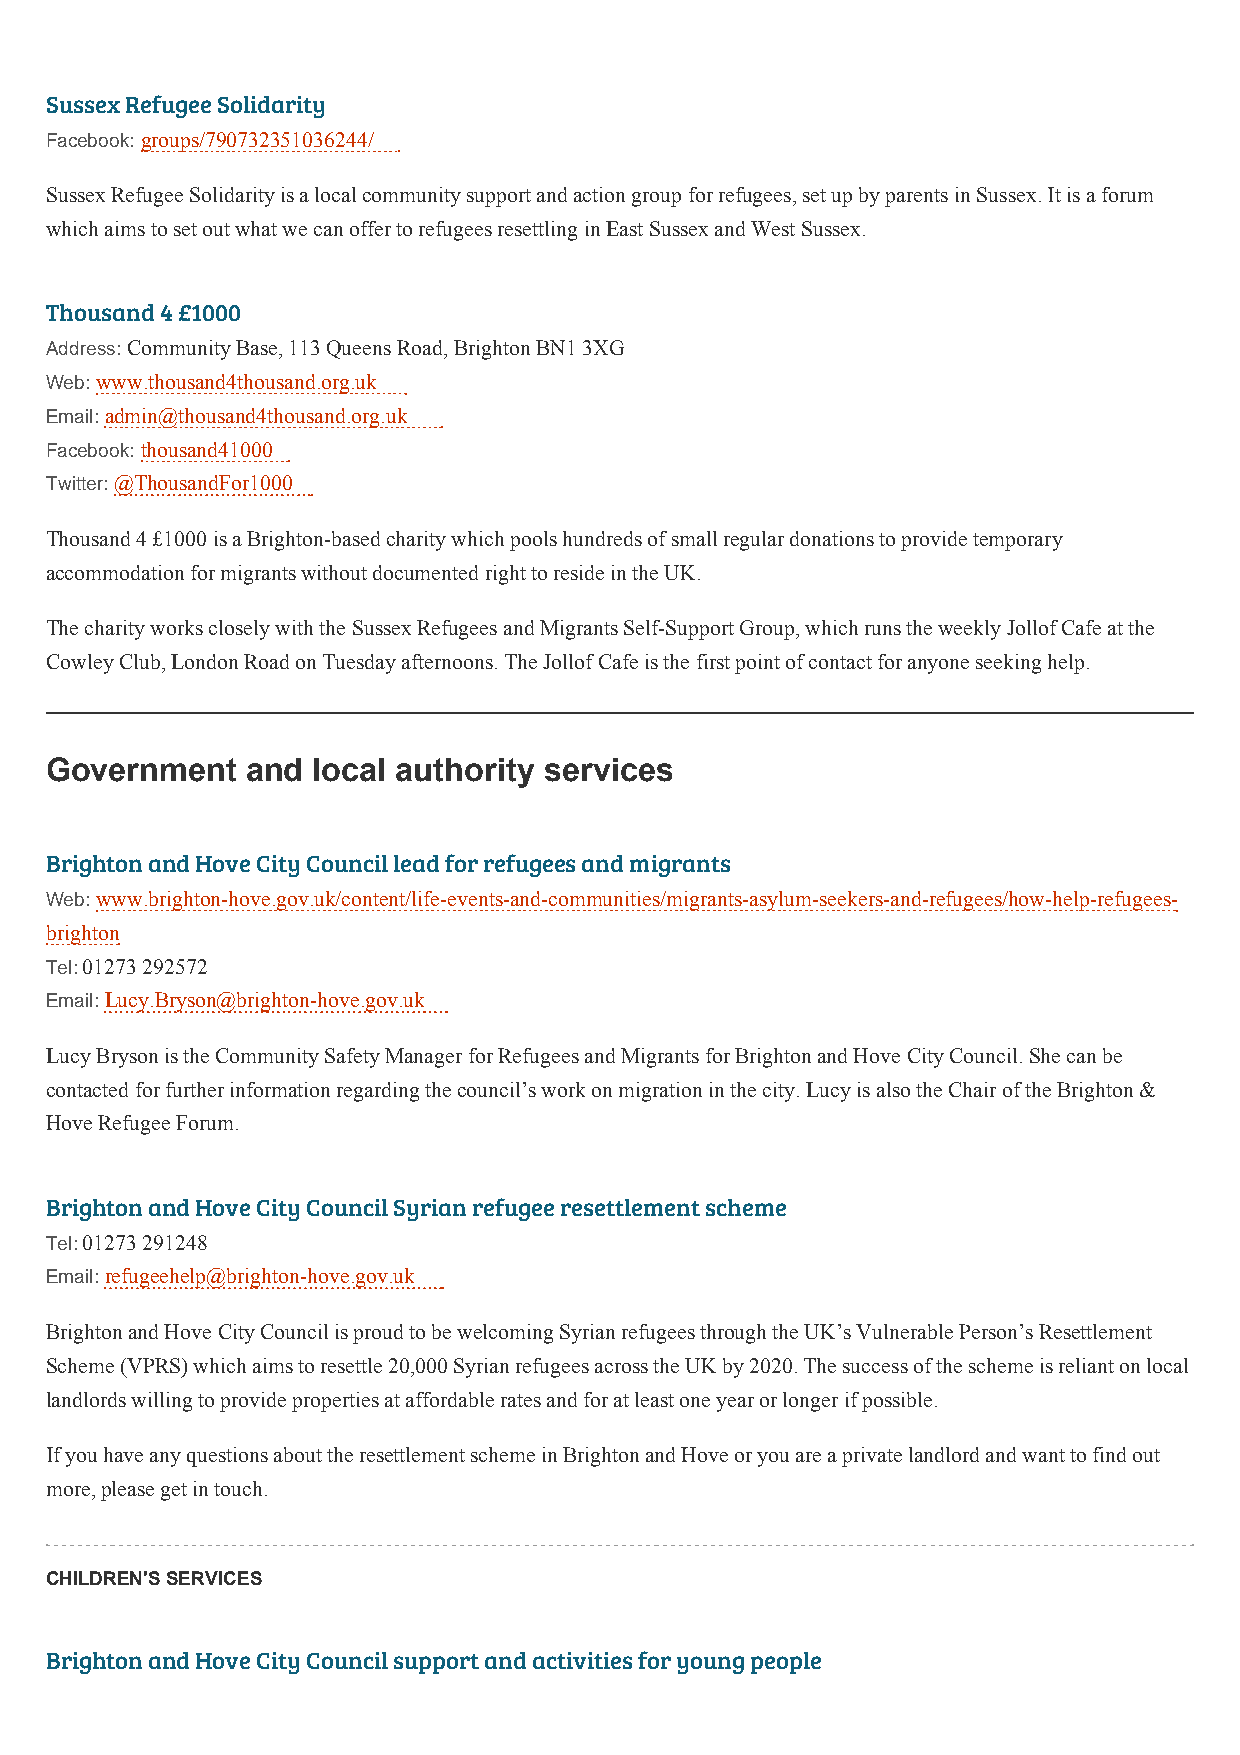
Sussex Refugee Solidarity
 Facebook: groups/790732351036244/
 Sussex Refugee Solidarity is a local community support and action group for refugees, set up by parents in Sussex. It is a forum
 which aims to set out what we can offer to refugees resettling in East Sussex and West Sussex.
 Thousand 4 £1000
 Address: Community Base, 113 Queens Road, Brighton BN1 3XG
 Web: www.thousand4thousand.org.uk
 Email: admin@thousand4thousand.org.uk
 Facebook: thousand41000
 Twitter: @ThousandFor1000
 Thousand 4 £1000 is a Brighton-based charity which pools hundreds of small regular donations to provide temporary
 accommodation for migrants without documented right to reside in the UK.
 The charity works closely with the Sussex Refugees and Migrants Self-Support Group, which runs the weekly Jollof Cafe at the
 Cowley Club, London Road on Tuesday afternoons. The Jollof Cafe is the first point of contact for anyone seeking help.
 Government   and  local authority services
 Brighton and Hove City Council lead for refugees and migrants
 Web: www.brighton-hove.gov.uk/content/life-events-and-communities/migrants-asylum-seekers-and-refugees/how-help-refugees-
 brighton
 Tel: 01273 292572
 Email: Lucy.Bryson@brighton-hove.gov.uk
 Lucy Bryson is the Community Safety Manager for Refugees and Migrants for Brighton and Hove City Council. She can be
 contacted for further information regarding the council’s work on migration in the city. Lucy is also the Chair of the Brighton &
 Hove Refugee Forum.
 Brighton and Hove City Council Syrian refugee resettlement scheme
 Tel: 01273 291248
 Email: refugeehelp@brighton-hove.gov.uk
 Brighton and Hove City Council is proud to be welcoming Syrian refugees through the UK’s Vulnerable Person’s Resettlement
 Scheme (VPRS) which aims to resettle 20,000 Syrian refugees across the UK by 2020. The success of the scheme is reliant on local
 landlords willing to provide properties at affordable rates and for at least one year or longer if possible.
 If you have any questions about the resettlement scheme in Brighton and Hove or you are a private landlord and want to find out
 more, please get in touch.
 CHILDREN'S SERVICES
 Brighton and Hove City Council support and activities for young people